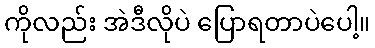
ကိုလည်း အဲဒီလိုပဲ ပြောရတာပဲပေါ့။